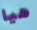
هيا